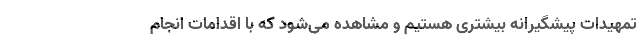
تمهیدات پیشگیرانه بیشتری هستیم و مشاهده می‌شود که با اقدامات انجام